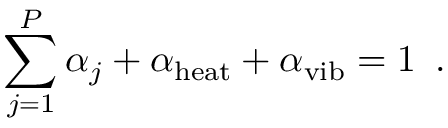
\sum _ { j = 1 } ^ { P } \alpha _ { j } + \alpha _ { \mathrm { h e a t } } + \alpha _ { \mathrm { v i b } } = 1 \, \mathrm { ~ . ~ }